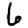
Digit: 6